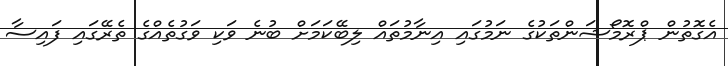
އެގޮތުން ޕްރޮމޯޝަންތަކުގެ ނަމުގައި އިނާމުތައް ލިބޭކަމަށް ބުނެ ވަކި ވަގުތެއްގެ ތެރޭގައި ފައިސާ